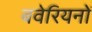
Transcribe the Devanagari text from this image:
बवेरियनों